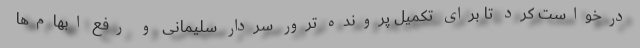
درخواست کرد تا برای تکمیل پرونده ترور سردار سلیمانی و رفع ابهام­‌ها